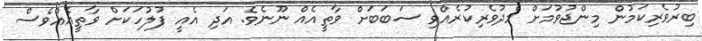
ބިރުވެރިކަމުން މިންޖުވުމަށް މެދުވެރިކުރެއްވި ސަބަބަށް ވާތީއެއް ނޫނެވެ. އަދި އެއީ ފުލުހަކަށް ވާތީއެއްވެސް